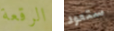
الرقعة ستعود